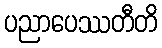
ပညာပေဿတီတိ